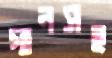
গানসহ